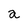
Character: a